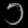
Digit: ၁